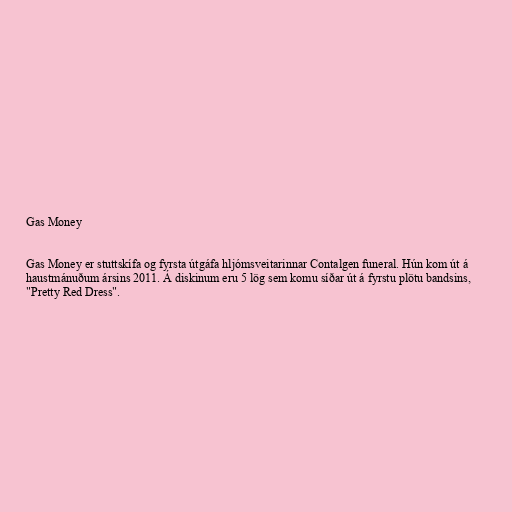
Gas Money

Gas Money er stuttskífa og fyrsta útgáfa hljómsveitarinnar Contalgen funeral. Hún kom út á
haustmánuðum ársins 2011. Á diskinum eru 5 lög sem komu síðar út á fyrstu plötu bandsins,
"Pretty Red Dress".